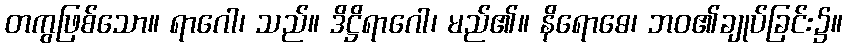
တကွဖြစ်သော။ ရာဂေါ၊ သည်။ ဒိဋ္ဌိရာဂေါ၊ မည်၏။ နိရောဓေ၊ ဘဝ၏ချုပ်ခြင်း၌။